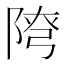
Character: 𨺕